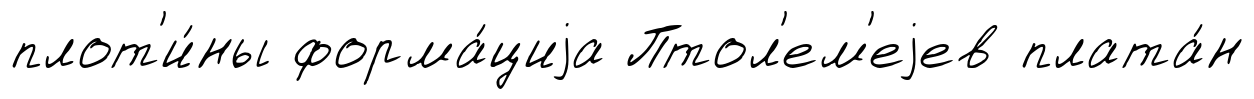
плот'и́ны форма́циjа Птол'ем'еjев плата́н